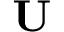
\bf U